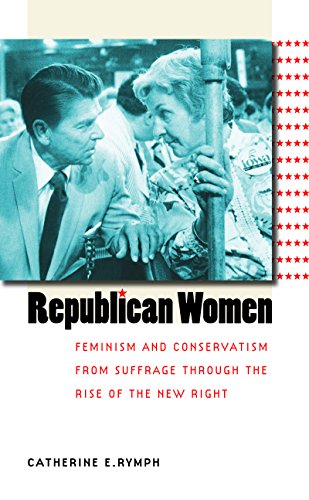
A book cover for Republican Women: Feminism and Conservatism from Suffrage through the Rise of the New Right (Gender and American Culture); Catherine E. Rymph; Gay & Lesbian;